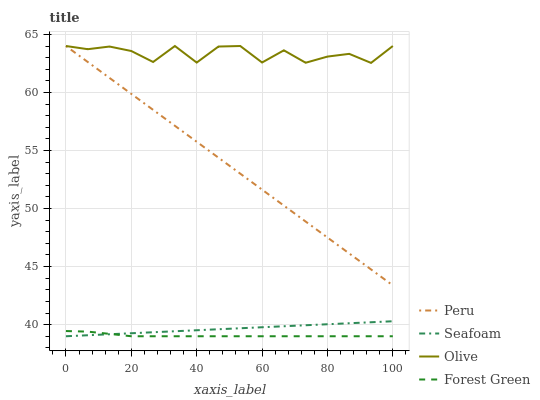
| xaxis_label | Peru | Seafoam | Olive | Forest Green |
 | --- | --- | --- | --- | --- |
 | 0 | 64 | 39 | 64 | 39.4 |
 | 6.67 | 62.6 | 39.1 | 63.7 | 39.4 |
 | 13.3 | 61.3 | 39.2 | 64 | 39.2 |
 | 20 | 59.9 | 39.3 | 63.6 | 39 |
 | 26.7 | 58.5 | 39.3 | 62.6 | 39 |
 | 33.3 | 57.1 | 39.4 | 64 | 39 |
 | 40 | 55.8 | 39.5 | 62.6 | 39 |
 | 46.7 | 54.4 | 39.6 | 64 | 39 |
 | 53.3 | 53 | 39.7 | 64 | 39 |
 | 60 | 51.6 | 39.8 | 62.6 | 39 |
 | 66.7 | 50.3 | 39.9 | 63.6 | 39 |
 | 73.3 | 48.9 | 39.9 | 62.6 | 39 |
 | 80 | 47.5 | 40 | 63.1 | 39 |
 | 86.7 | 46.1 | 40.1 | 63.3 | 39 |
 | 93.3 | 44.8 | 40.2 | 62.5 | 39 |
 | 100 | 43.4 | 40.3 | 64 | 39 |